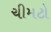
ચીમટો